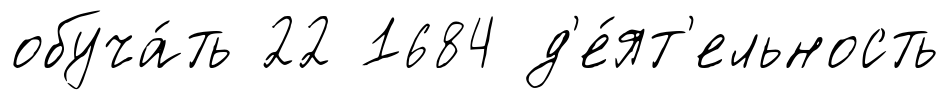
обуча́ть 22 1684 д'е́ят'ельность